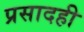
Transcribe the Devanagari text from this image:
प्रसादही